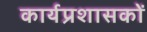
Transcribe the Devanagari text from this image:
कार्यप्रशासकों